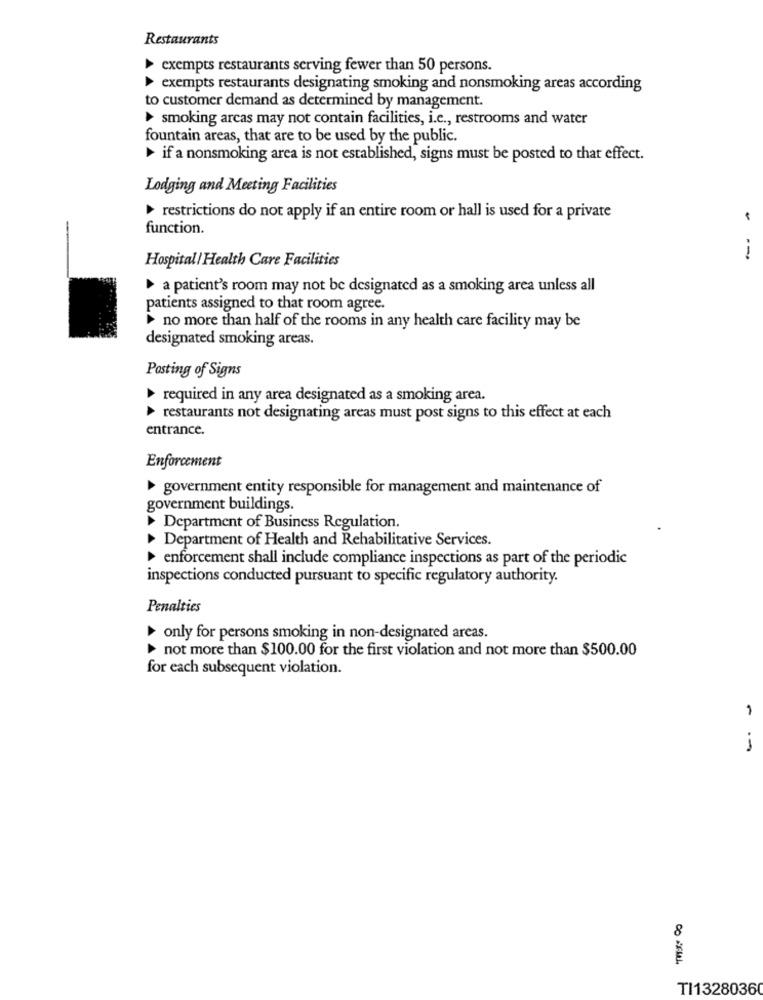
Restaurants
exempts restaurants serving fewer than 50 persons.
exempts restaurants designating smoking and nonsmoking areas according
to customer demand as determined by management.
smoking arcas may not contain facilities, i.e ., restrooms and water
fountain areas, that are to be used by the public.
if a nonsmoking area is not established, signs must be posted to that effect.
Lodging and Meeting Facilities
restrictions do not apply if an entire room or hall is used for a private
function.
Hospital/Health Care Facilities
-
a patient's room may not be designated as a smoking area unless all
patients assigned to that room agree.
no more than half of the rooms in any health care facility may be
designated smoking areas.
Posting of Signs
required in any area designated as a smoking area.
restaurants not designating areas must post signs to this effect at each
entrance.
Enforcement
government entity responsible for management and maintenance of
government buildings.
Department of Business Regulation.
Department of Health and Rehabilitative Services.
enforcement shall include compliance inspections as part of the periodic
inspections conducted pursuant to specific regulatory authority.
Penalties
only for persons smoking in non-designated areas.
not more than $100.00 for the first violation and not more than $500.00
for each subsequent violation.
1
1
8
TI13280360